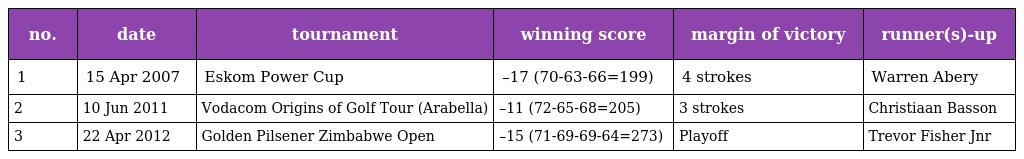
| no. | date | tournament | winning score | margin of victory | runner(s)-up |
 | --- | --- | --- | --- | --- | --- |
 | 1 | 15 Apr 2007 | Eskom Power Cup | –17 (70-63-66=199) | 4 strokes | Warren Abery |
 | 2 | 10 Jun 2011 | Vodacom Origins of Golf Tour (Arabella) | –11 (72-65-68=205) | 3 strokes | Christiaan Basson |
 | 3 | 22 Apr 2012 | Golden Pilsener Zimbabwe Open | –15 (71-69-69-64=273) | Playoff | Trevor Fisher Jnr |